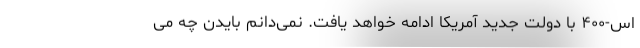
اس-۴۰۰ با دولت جدید آمریکا ادامه خواهد یافت. نمی‌دانم بایدن چه می